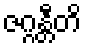
ဇဂ္ဂန္တီတိ